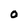
Character: 0